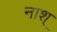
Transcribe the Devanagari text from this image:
नाश्